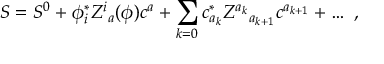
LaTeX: S = S ^ { 0 } + \phi _ { i } ^ { * } Z ^ { i } { } _ { a } ( \phi ) c ^ { a } + \sum _ { k = 0 } c _ { a _ { k } } ^ { * } Z ^ { a _ { k } } { } _ { a _ { k + 1 } } c ^ { a _ { k + 1 } } + \ldots \ ,